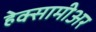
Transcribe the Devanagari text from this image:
हेक्सामीअर